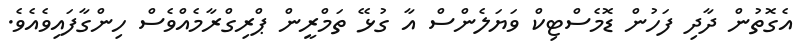
އެގޮތުން ދާދި ފަހުން ޑޮމެސްޓިކް ވަޔަލެންސް އާ ގުޅޭ ތަމްރީން ޕްރިގްރާމެއްވެސް ހިންގާފައިވެއެވެ.